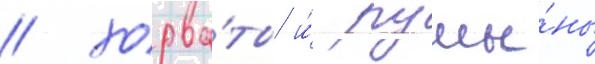
/ хорва́ты и́ румы́ны